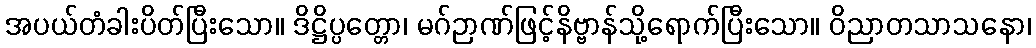
အပယ်တံခါးပိတ်ပြီးသော။ ဒိဋ္ဌိပ္ပတ္တော၊ မဂ်ဉာဏ်ဖြင့်နိဗ္ဗာန်သို့ရောက်ပြီးသော။ ဝိညာတသာသနော၊